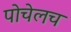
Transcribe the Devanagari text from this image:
पोचेलच